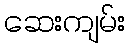
ဆေးကျမ်း